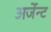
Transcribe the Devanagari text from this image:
अर्जेन्ट